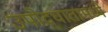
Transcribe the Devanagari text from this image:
उपोद्‌घातामध्ये